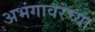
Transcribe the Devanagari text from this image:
अभंगावरच्या